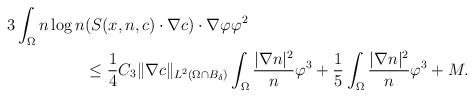
LaTeX: \begin{align*}\begin{aligned}3\int_{\Omega}n\log n & ( S(x,n,c) \cdot \nabla c ) \cdot\nabla \varphi \varphi^{2}\\&\le \frac{1}{4}C_{3} \|\nabla c\|_{L^{2}(\Omega\cap B_{\delta})} \int_{\Omega} \frac{|\nabla n|^{2}}{n}\varphi^{3}+\frac{1}{5}\int_{\Omega} \frac{|\nabla n|^{2}}{n}\varphi^{3}+M.\end{aligned}\end{align*}